Annual administration report of the Civil Veterinary Department of India - 1898-1899
Year: 1898
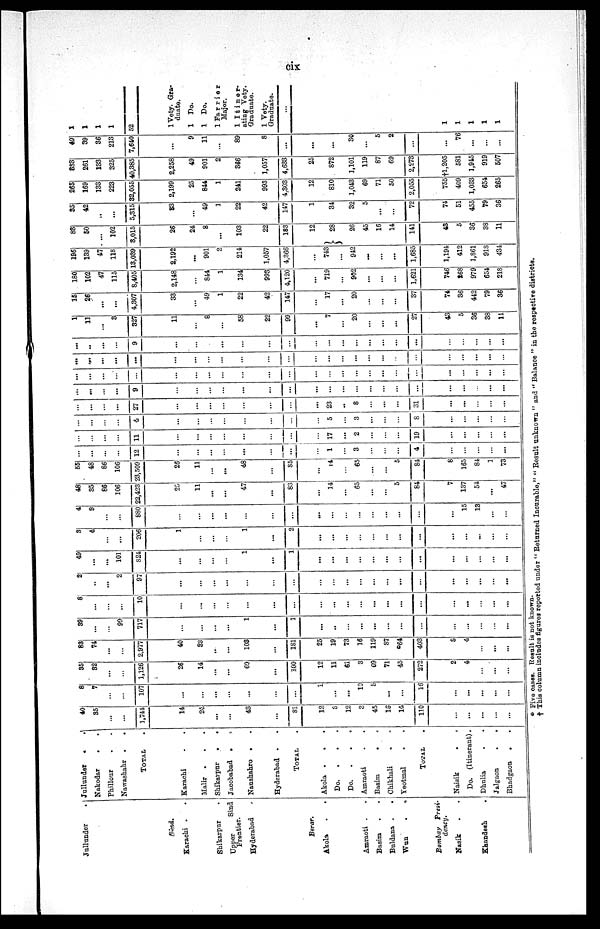
cix
Jullunder
.
Sind.
Karachi . .
Shikarpur .
Upper
Sind
Frentier.
Hyderabad
Berar.
Akola
.
.
Amraoti . .
Basim . .
Buldana .
.
Wun
.
.
Bombay Presi-
dency.
Nasik . .
Khandesh .
Jullunder . .
Nakodar
. .
Phillour . .
Nawashahr . .
TOTAL .
Karachi . .
Malir . . .
Shikarpur
.
.
Jacobabad
.
.
Naushahro . .
Hyderabad . .
TOTAL .
Akola . . .
Do.
. . .
Do. . . .
Amraoti . .
Basim
.
.
Chikhali . .
Yeotmal . .
TOTAL .
Naisik
.
.
Do. (Itinerant) .
Dhulia . .
Jalgaon
.
.
Bhadgaon . .
40
35
...
...
1,744
14
24
...
...
43
...
81
12
8
12
3
45
18
14
110
...
...
...
...
...
8
7
...
...
107
...
...
...
...
...
...
...
1
...
...
10
5
...
...
16
...
...
...
...
...
35
32
...
...
1,126
26
14
...
...
60
...
100
12
11
61
3
69
71
45
272
2
4
...
...
83
74
...
...
2,977
40
38
...
...
108
...
181
25
19
73
16
119
87
64
403
8
4
...
...
...
1
39
...
...
99
717
...
...
...
...
1
...
1
...
..
...
...
...
...
...
...
...
...
...
...
...
8
...
...
...
10
...
.,.
...
...
...
...
...
...
...
...
...
...
...
...
...
...
...
...
...
2
..
...
2
97
...
...
...
...
...
...
...
...
...
...
...
...
...
...
...
...
...
...
...
...
49
...
...
101
824
...
...
...
...
1
...
1
...
...
...
...
...
...
...
...
...
...
...
...
...
3
4
...
..
206
1
...
...
1
...
2
...
...
...
...
...
...
...
...
...
...
...
...
4
8
...
...
880
...
...
...
...
...
...
...
...
...
...
...
...
...
...
...
...
15
13
...
...
48
85
86
106
22,423
25
11
...
...
47
...
83
...
14
...
65
...
...
5
84
7
137
54
...
47
55
48
86
106
23,509
26
11
...
...
48
...
85
...
14
65
...
...
5
84
8
165
84
1
73
...
12
...
...
...
.0.
...
...
1
...
3
...
...
...
4
...
...
...
...
...
...
...
...
...
11
...
...
...
...
...
...
17
...
2
...
...
19
...
...
...
...
...
...
...
...
4
...
...
...
...
...
...
5
...
3
...
...
8
...
...
...
...
...
...
...
...
...
27
...
...
...
...
...
...
...
23
..
8
...
...
...
31
...
...
...
...
...
...
...
...
9
...
...
...
...
...
...
...
...
...
...
...
...
...
...
...
...
...
...
...
...
...
...
...
...
...
...
...
...
...
...
...
...
...
...
...
...
...
...
...
...
...
...
...
...
...
...
...
...
...
...
...
...
...
...
...
...
...
...
...
...
...
...
...
...
...
...
...
...
..
...
...
9
...
...
...
...
...
...
...
...
...
...
...
...
...
...
...
...
...
...
1
11
...
3
327
11
...
8
...
58
22
99
...
7
...
20
...
...
...
27
43
5
36
38
11
16
26
...
...
4,307
33
...
49
1
22
42
147
...
17
...
20
...
...
...
37
74
36
442
79
36
180
102
47
115
8,405
2,148
...
844
1
134
993
4,120
...
719
...
902
...
...
...
1,621
746
268
979
654
218
196
139
47
118
13,039
2,192
...
901
2
214
1,057
4,366
...
743
...
942
...
...
...
1,685
1,194
412
1,861
918
434
83
50
...
102
3,015
26
24
8
...
103
22
183
12
28
26
45
16
14
141
43
5
36
38
11
35
42
...
...
5,315
83
...
49
1
22
42
147
1
34
32
5
...
...
72
74
51
455
79
36
265
169
133
223
32,055
2,199
25
844
1
241
993
4,303
12
810
1,043
69
71
50
2,055
755
409
1,033
654
265
883
261
133
325
40,385
2,258
49
901
2
366
1,057
4,633
25
872
1,101
119
87
69
2,273
†1,205
581
1,945
919
507
49
39
36
213
7,640
...
9
11
...
89
8
...
...
...
30
...
5
2
...
...
76
...
...
...
1
1
1
1
52
1 Vety. Gra-
duate.
1 Do.
1 Do.
1 Farrier
Major.
1 Itiner-
ating Vety.
Graduate.
1 Vety.
Graduate.
...
1
1
1
1
1
* Five cases. Result is not known.
† This column includes figures reported under " Returned Incurable," " Result unknown " and " Balance " in the respective districts.